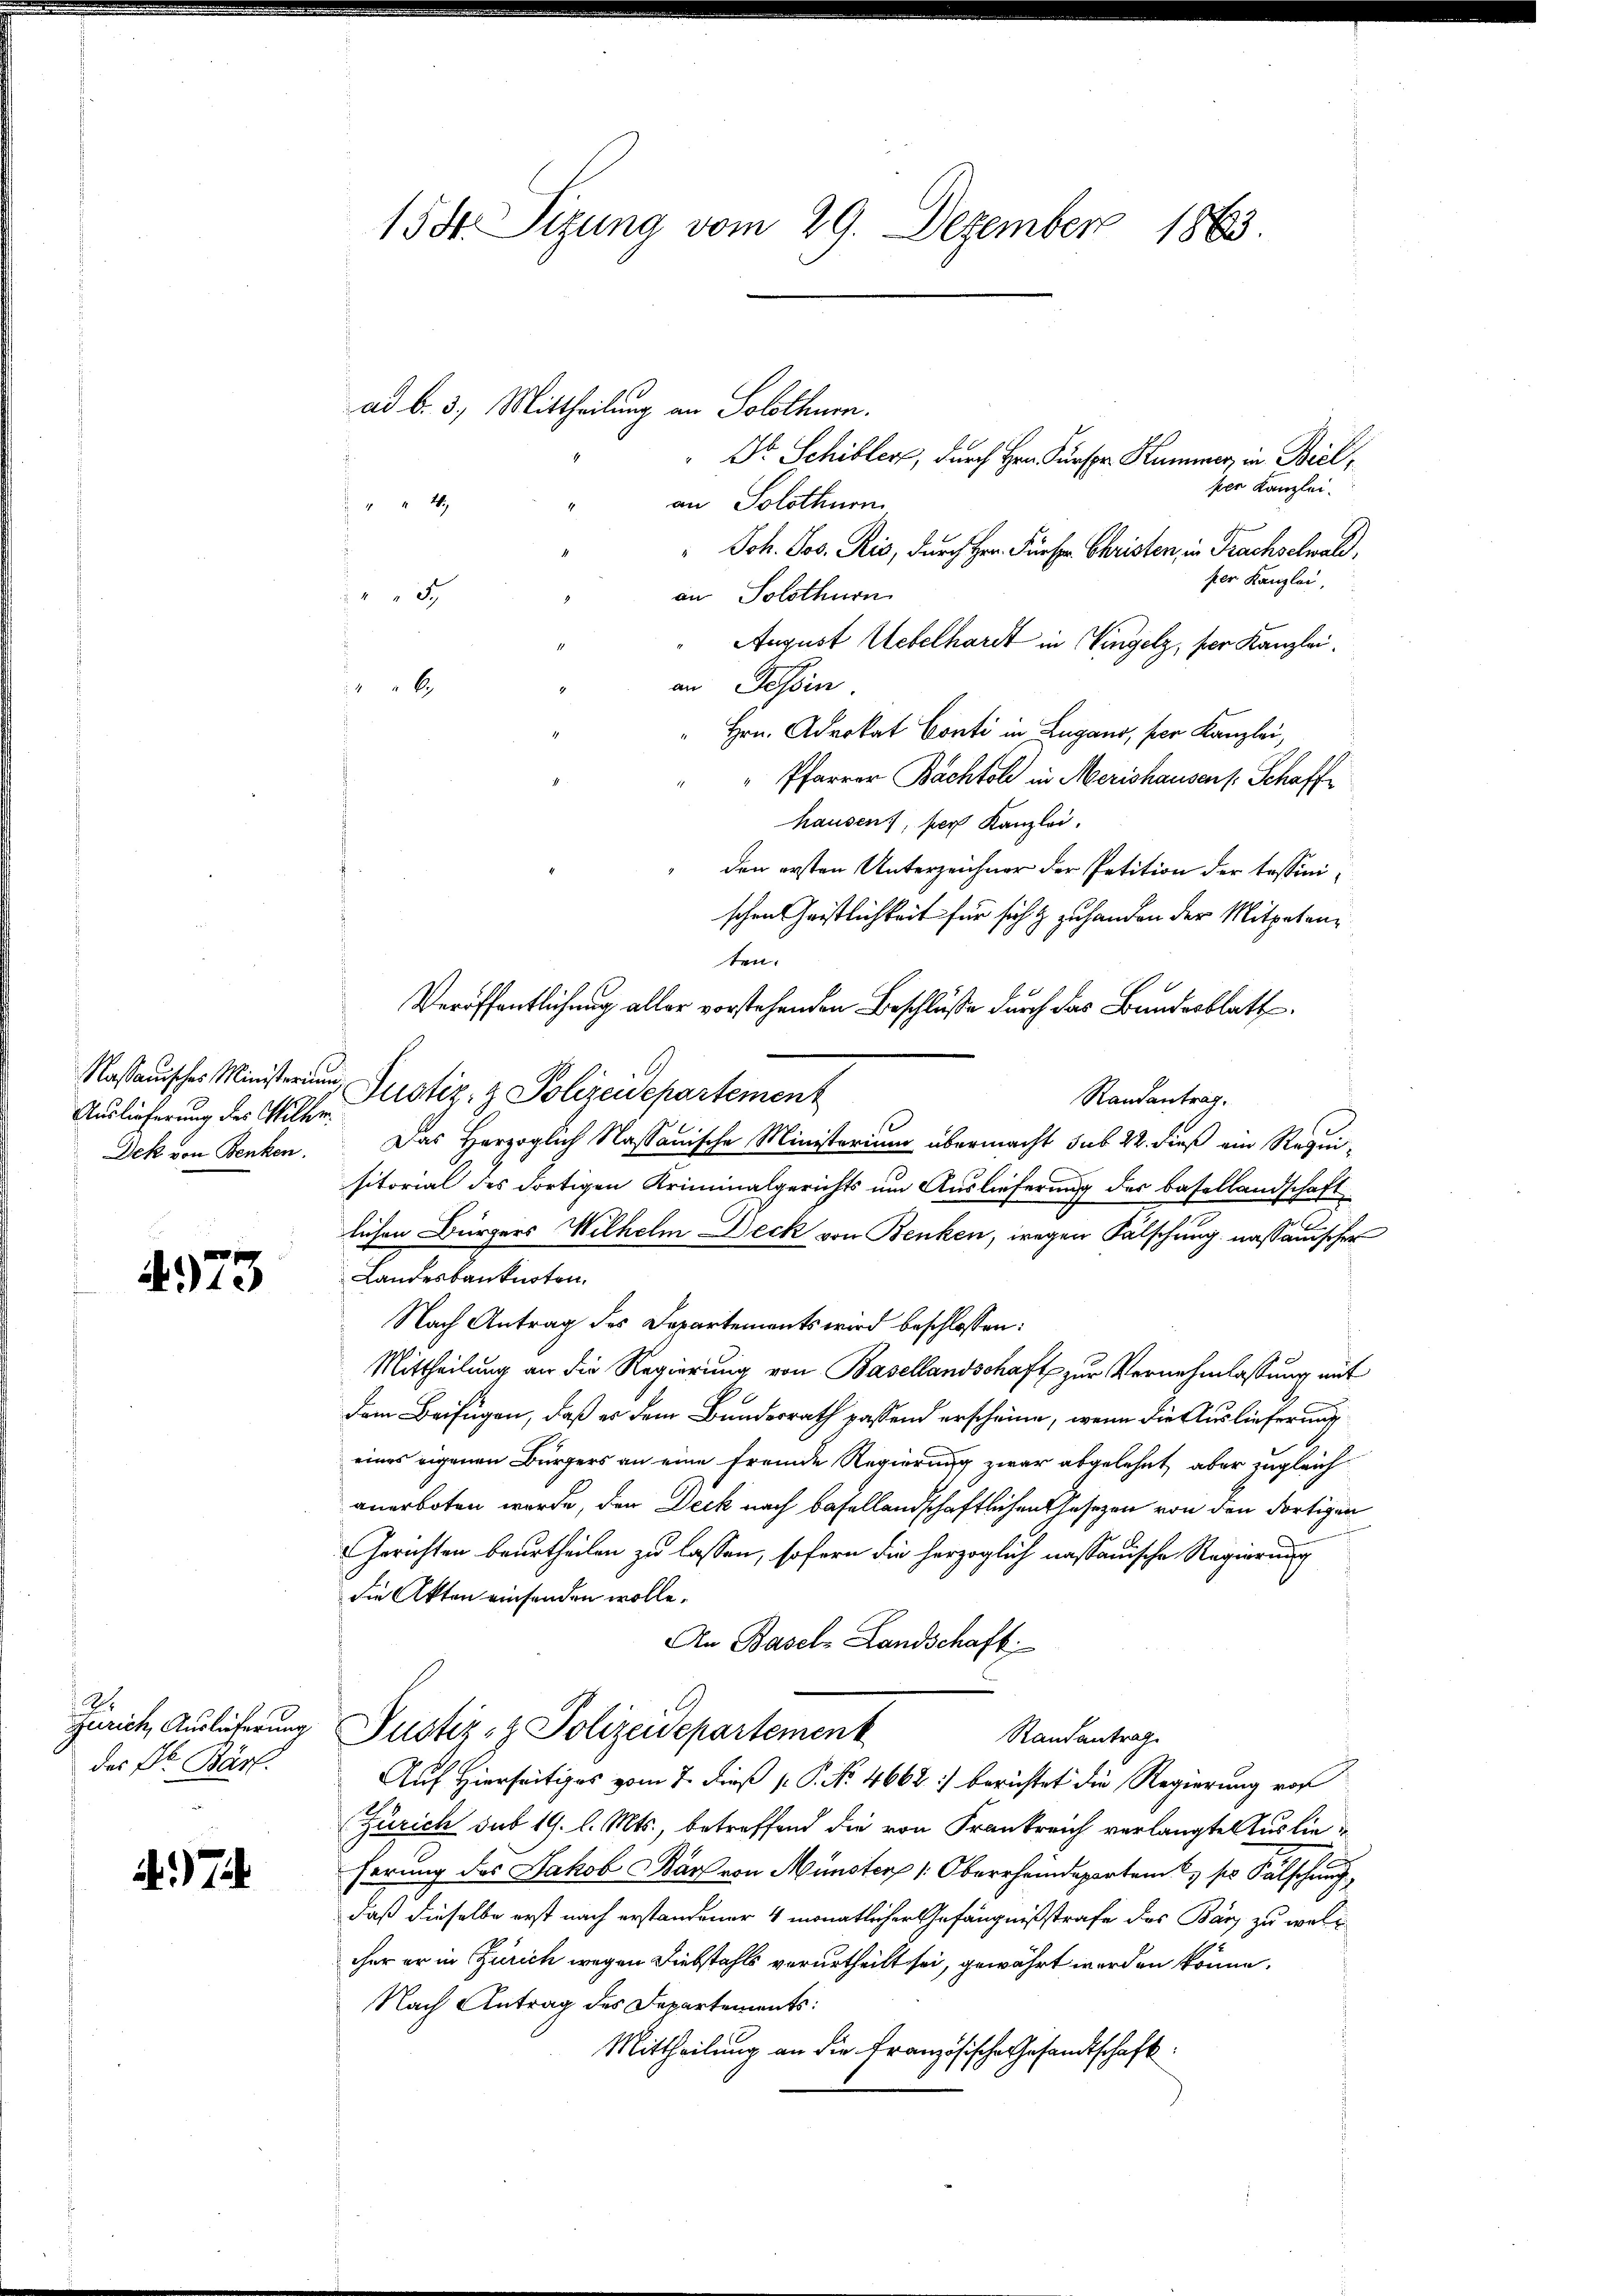
Kassauisches Ministerium
Auslieferung des Willer¬

4973

A.
Zürich, Auslieferung
des Dr. Bärf.

7

1531 Sizung vom 29. Dezember 1863.

ad b. 3. Mittheilung an Solothurn.
" Dr. Schiller, durch Hrn. Fürspr. Kummer in Biel,
per Kanzlei.
an Solothurn
44 4
Joh. Jos. Ris, durch Hrn. Fürspr. Christen, in Prachselwald,
per Kanzlei,
3
an Solothurn
August Uebelhardt in Singelz, per Kanzlei.
an Tessin
6
Hrn. Advokat Conti in Lugano, per Kanzlei,
Pfarrer Bachtole in Merishausens Schaffhausen, per Kanzlei.
den ersten Unterzeichner der Petition der tessinischen Christlichkeit für sich & zuhanden der Mitpetenten.
Veröffentlichung aller vorstehenden Beschluße durch das Bundesblatt
Justiz- & Polizeidepartement
Randantrag.
e
Dek von Benken. Das Herzoglich Nassauische Ministerium übermacht sub 22. dieß ein Requi-
sitorial des dortigen Kriminalgerichts um Auslieferung des Basellandschaft
lichen Bürgers Wilhelm Deck von Benken, wegen Fälschung nassauischer
Landesbanknoten.
Nach Antrag des Departements wird beschlossen:
Mittheilung an die Regierung von Basellandschaft zur Vernehmlassung mit
dem Beifügen, daß er dem Bundesrath passend erscheine, wenn die Auslieferung
eines eigenen Bürgers an eine fremde Regierung zwar abgelehnt, aber zugleich
anerboten werde, den Deck nach Basellandschaftlichen Gesezen von den dortigen
Gerichten beurtheilen zu lassen, sofern die herzoglich nassauische Regierung
die Akten einsenden wolle.
An Basel-Landschaft
Justiz- & Polizeidepartement
Randantrag
Auf Hierseitiges vom 7. dieß p. P. Nr. 4662 :/ berichtet die Regierung vo
Zürich sub 19. l. Mts., betreffend die von Frankreich verlangte Auslieherung des Jakob Karl von Münster /: Oberrheindeparteme ser Fälschung
daß dieselbe erst nach erstandener 4 monatlicher Gefängnißstrafe des Banz zu welcher er in Zürich wegen Diebstahls verurtheilt sei, gewährt werden könne.
Nach Antrag des Departements:
Mittheilung an die Französische Gesandtschaft